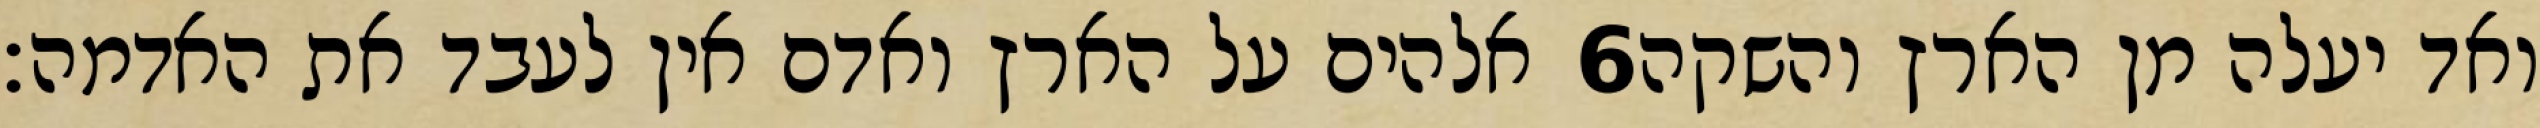
אלהים על הארץ ואדם אין לעבד את האדמה׃ ‎6‏ ואד יעלה מן הארץ והשקה